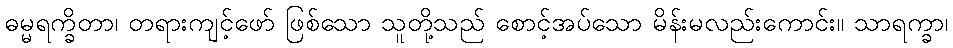
ဓမ္မရက္ခိတာ၊ တရားကျင့်ဖော် ဖြစ်သော သူတို့သည် စောင့်အပ်သော မိန်းမလည်းကောင်း။ သာရက္ခာ၊